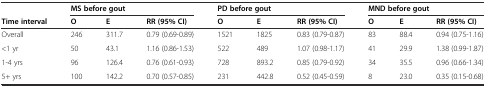
|  | <COLSPAN=3> MS before gout | <COLSPAN=3> PD before gout | <COLSPAN=3> MND before gout |
 | Time interval | O | E | RR (95% CI) | O | E | RR (95% CI) | O | E | RR (95% CI) |
 | --- | --- | --- | --- | --- | --- | --- | --- | --- | --- |
 | Overall | 246 | 311.7 | 0.79 (0.69-0.89) | 1521 | 1825 | 0.83 (0.79-0.87) | 83 | 88.4 | 0.94 (0.75-1.16) |
 | <1 yr | 50 | 43.1 | 1.16 (0.86-1.53) | 522 | 489 | 1.07 (0.98-1.17) | 41 | 29.9 | 1.38 (0.99-1.87) |
 | 1-4 yrs | 96 | 126.4 | 0.76 (0.61-0.93) | 728 | 893.2 | 0.85 (0.79-0.92) | 34 | 35.5 | 0.96 (0.66-1.34) |
 | 5+ yrs | 100 | 142.2 | 0.70 (0.57-0.85) | 231 | 442.8 | 0.52 (0.45-0.59) | 8 | 23.0 | 0.35 (0.15-0.68) |